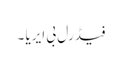
فیڈرل بی ایریا ۔